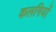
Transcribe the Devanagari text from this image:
कलगियों